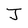
Character: J